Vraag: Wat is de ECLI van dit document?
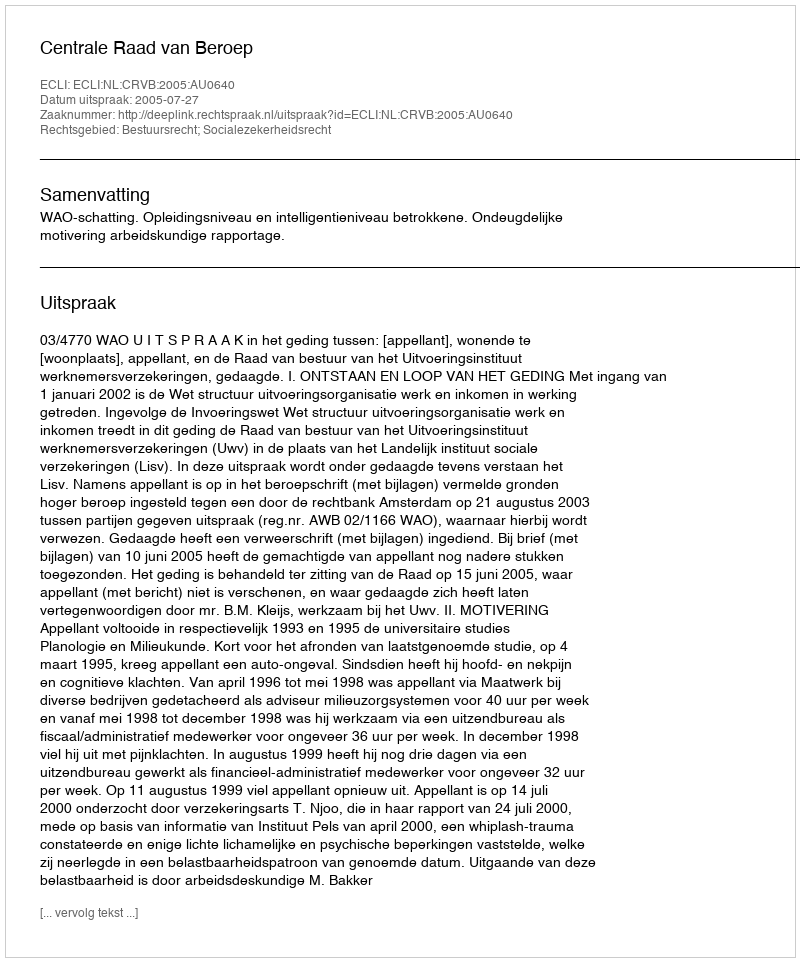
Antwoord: ECLI:NL:CRVB:2005:AU0640